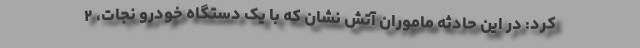
کرد: در این حادثه ماموران آتش نشان که با یک دستگاه خودرو نجات، ۲